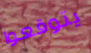
يتوقعوا